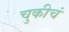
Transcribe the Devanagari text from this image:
चुकीचं